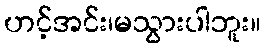
ဟင့်အင်း၊မသွားပါဘူး။